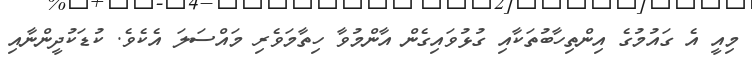
މިއީ އެ ގައުމުގެ އިންތިހާބުތަކާއި ގުޅުވައިގެން އާންމުވާ ހިތާމަވެރި މައްސަލަ އެކެވެ. ކުޑަކުދީންނާއި